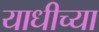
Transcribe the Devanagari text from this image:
याधीच्या